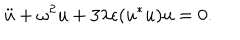
LaTeX: \ddot { u } + \omega ^ { 2 } u + 3 \lambda \epsilon ( u ^ { * } u ) u = 0 .